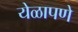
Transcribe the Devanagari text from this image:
येळापणे